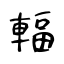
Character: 輻